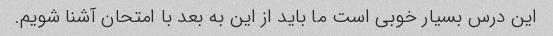
این درس بسیار خوبی است ما باید از این به بعد با امتحان آشنا شویم.